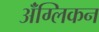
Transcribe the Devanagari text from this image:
ॲंग्लिकन